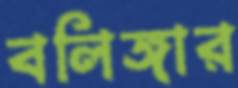
বলিঙ্গার